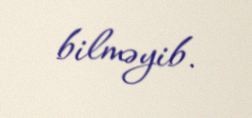
bilməyib.